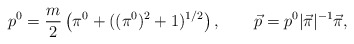
\begin{align*}p^0 = \frac m 2 \left(\pi^0 + ((\pi^0)^2 + 1)^{1/2}\right), \qquad\vec p = p^0 |\vec\pi|^{-1} \vec\pi,\end{align*}